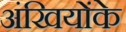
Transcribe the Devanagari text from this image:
अंखियोंके